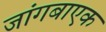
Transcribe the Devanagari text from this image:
जांगबाएक